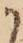
か